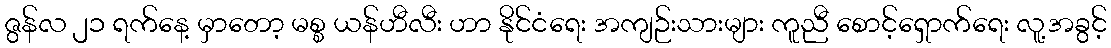
ဇွန်လ ၂၁ ရက်နေ့ မှာတော့ မစ္စ ယန်ဟီလီး ဟာ နိုင်ငံရေး အကျဉ်းသားများ ကူညီ စောင့်ရှောက်ရေး လူ့အခွင့်